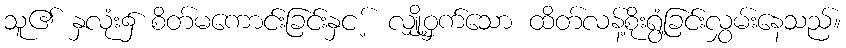
သူ၏ နှလုံး၌ စိတ်မကောင်းခြင်းနှင ့် လျှို့ဝှက်သော ထိတ်လန့်စိုးရွံ့ခြင်းလွှမ်းနေသည်။